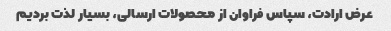
عرض ارادت، سپاس فراوان از محصولات ارسالی، بسیار لذت بردیم